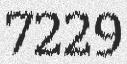
7229